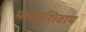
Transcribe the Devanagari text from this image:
माशाशिवाय